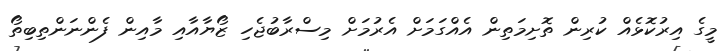
މީގެ އިރުކޮޅެއް ކުރިން ތޮށިމަތިން އެއްގަމަށް އެރުމަށް މިސްރާބުޖެހި ޒޯޔާއާއި މާއިން ފެންނަންތިބިތޯ